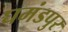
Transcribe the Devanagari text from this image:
घमंडपुर